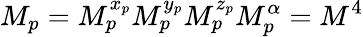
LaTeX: M_{p}=M_{p}^{x_{p}}M_{p}^{y_{p}}M_{p}^{z_{p}}M_{p}^{\alpha}=M^{4}